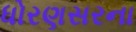
ધોરણસરના